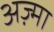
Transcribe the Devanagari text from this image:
अज़्मा